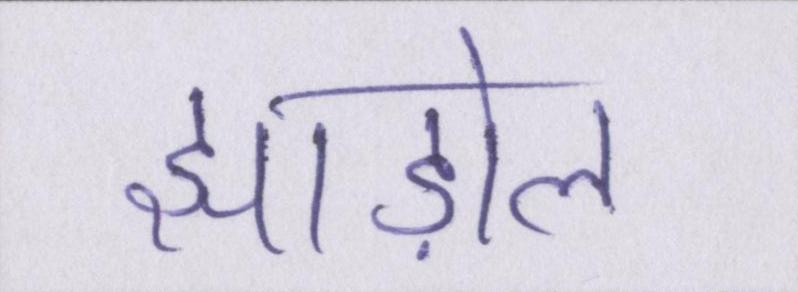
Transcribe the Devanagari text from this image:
झाड़ोल